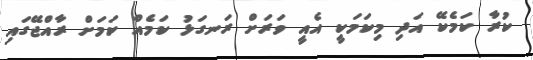
ކުރާ ކަމެކޭ އަދި މިކަމަކީ އެއީ ވަރަށް ރަނގަޅު ކަމެއް ކަމަށް ރާއްޖޭގައި